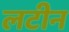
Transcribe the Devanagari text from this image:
लटीन